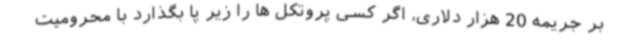
بر جریمه 20 هزار دلاری، اگر کسی پروتکل ها را زیر پا بگذارد با محرومیت